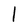
Character: l